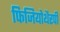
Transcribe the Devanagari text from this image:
फिजियोथैरपी